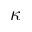
\kappa